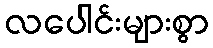
လပေါင်းများစွာ